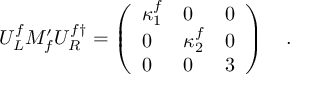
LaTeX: U _ { L } ^ { f } M _ { f } ^ { \prime } U _ { R } ^ { f \dagger } = \left( \begin{array} { l l l } { { \kappa _ { 1 } ^ { f } } } & { { 0 } } & { { 0 } } \\ { { 0 } } & { { \kappa _ { 2 } ^ { f } } } & { { 0 } } \\ { { 0 } } & { { 0 } } & { { 3 } } \end{array} \right) ~ ~ ~ .